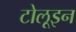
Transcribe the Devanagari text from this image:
टोलूइन